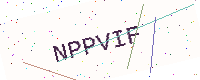
Text: NPPVIF